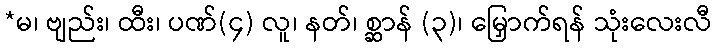
*မ၊ ဗျည်း၊ ထီး၊ ပဏ်(၄) လူ၊ နတ်၊ စ္ဆာန် (၃)၊ မြှောက်ရန် သုံးလေးလီ